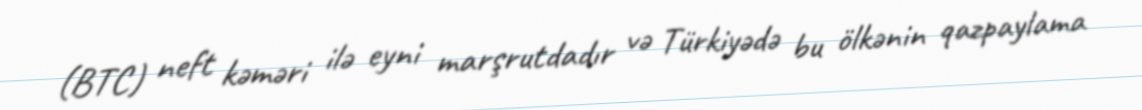
(BTC) neft kəməri ilə eyni marşrutdadır və Türkiyədə bu ölkənin qazpaylama